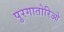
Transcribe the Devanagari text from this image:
पुरगातोरिओ